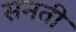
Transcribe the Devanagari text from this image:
सनती